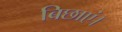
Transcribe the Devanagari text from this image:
बिछाएं।